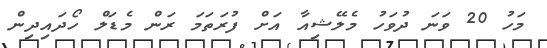
މަހު 20 ވަނަ ދުވަހު މެލޭޝިއާ އަށް ފުރަތަމަ ރަން މެޑަލް ހޯދައިދިން